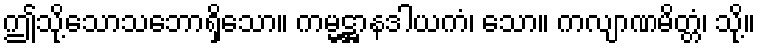
ဤသို့သောသဘောရှိသော။ ကမ္မဋ္ဌာနဒါယကံ၊ သော။ ကလျာဏမိတ္တံ၊ သို့။